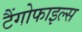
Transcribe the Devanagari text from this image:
टैंगोफाइल्स